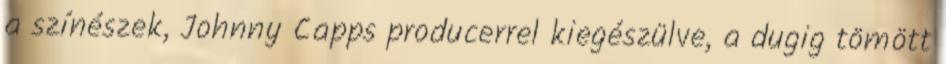
a színészek, Johnny Capps producerrel kiegészülve, a dugig tömött